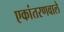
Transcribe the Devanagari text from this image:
एकांतरणवाले